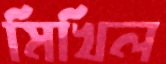
মিখিল